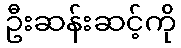
ဦးဆန်းဆင့်ကို